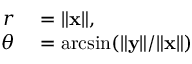
\begin{array} { r l } { r } & { { } = \lVert \mathbf { x } \rVert , } \\ { \theta } & { { } = \arcsin ( \lVert \mathbf { y } \rVert / \lVert \mathbf { x } \rVert ) } \end{array}